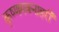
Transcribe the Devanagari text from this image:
कृष्णमक्नाहरी